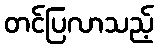
တင်ပြလာသည့်